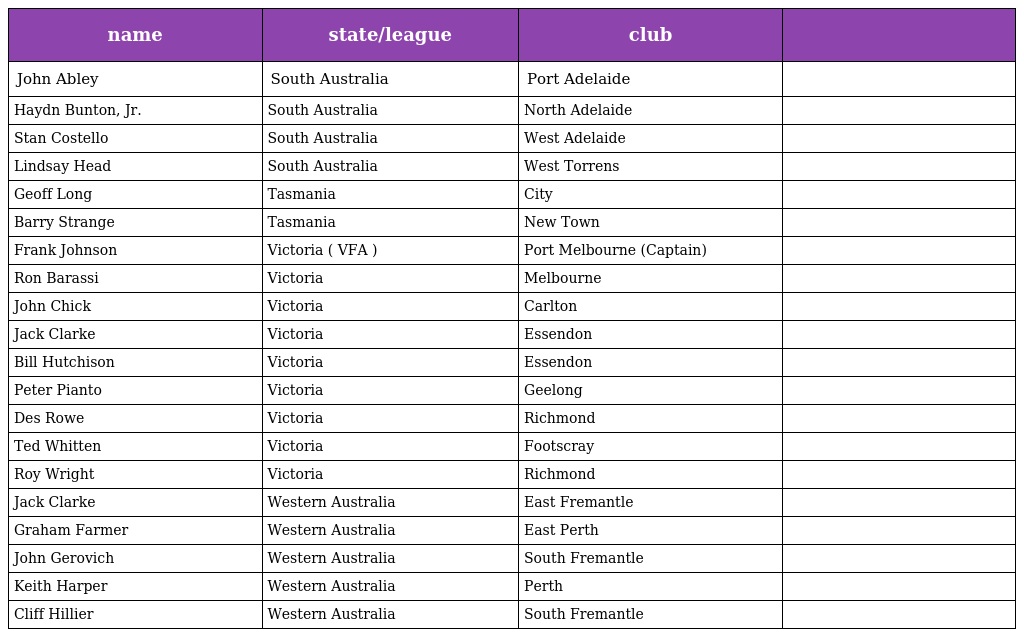
| name | state/league | club |  |
 | --- | --- | --- | --- |
 | John Abley | South Australia | Port Adelaide |  |
 | Haydn Bunton, Jr. | South Australia | North Adelaide |  |
 | Stan Costello | South Australia | West Adelaide |  |
 | Lindsay Head | South Australia | West Torrens |  |
 | Geoff Long | Tasmania | City |  |
 | Barry Strange | Tasmania | New Town |  |
 | Frank Johnson | Victoria ( VFA ) | Port Melbourne (Captain) |  |
 | Ron Barassi | Victoria | Melbourne |  |
 | John Chick | Victoria | Carlton |  |
 | Jack Clarke | Victoria | Essendon |  |
 | Bill Hutchison | Victoria | Essendon |  |
 | Peter Pianto | Victoria | Geelong |  |
 | Des Rowe | Victoria | Richmond |  |
 | Ted Whitten | Victoria | Footscray |  |
 | Roy Wright | Victoria | Richmond |  |
 | Jack Clarke | Western Australia | East Fremantle |  |
 | Graham Farmer | Western Australia | East Perth |  |
 | John Gerovich | Western Australia | South Fremantle |  |
 | Keith Harper | Western Australia | Perth |  |
 | Cliff Hillier | Western Australia | South Fremantle |  |